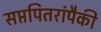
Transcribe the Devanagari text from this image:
सप्तपितरांपैकी